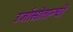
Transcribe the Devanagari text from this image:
उर्जास्रोतान्ची